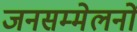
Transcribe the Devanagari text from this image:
जनसम्मेलनों